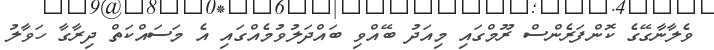
ވެލާނާގޭގެ ކޮންފަރެންސް ރޫމްގައި މިިއަދު ބޭއްވި ބައްދަލުވުމެއްގައި އެ މަސައްކަތް ދިރާގާ ހަވާލު